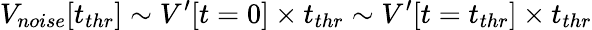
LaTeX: V_{noise}[t_{thr}]\sim V^{\prime}[t=0]\times t_{thr}\sim V^{\prime}[t=t_{thr}]\times t_{thr}